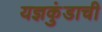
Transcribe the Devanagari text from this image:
यज्ञकुंडाची